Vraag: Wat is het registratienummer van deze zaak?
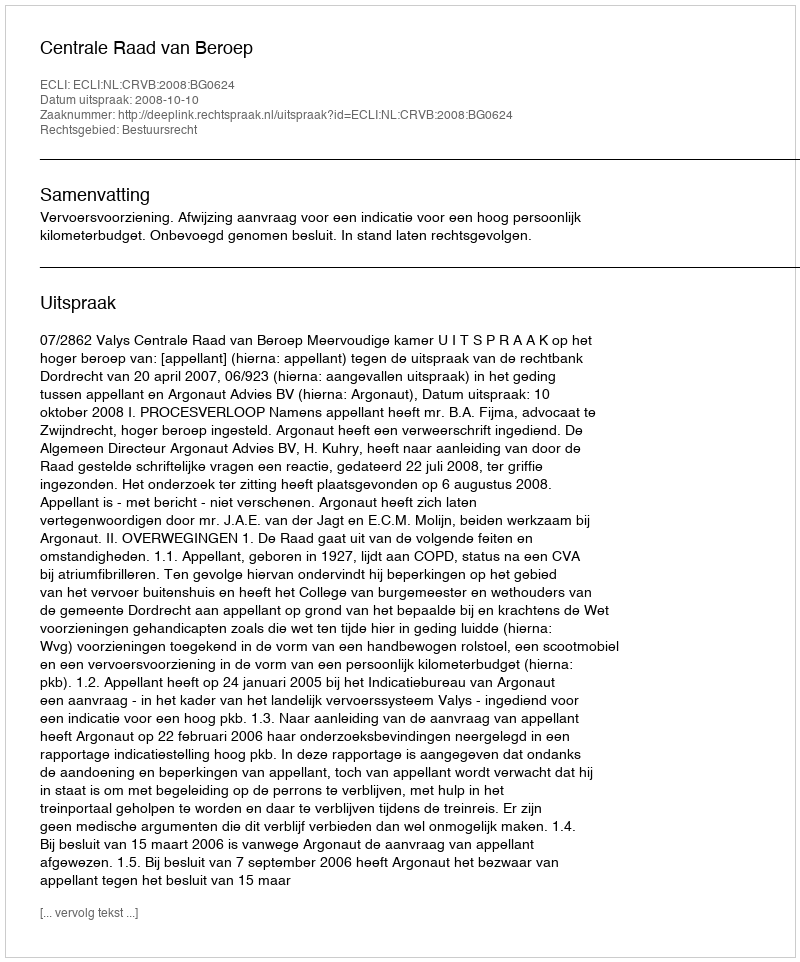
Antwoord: http://deeplink.rechtspraak.nl/uitspraak?id=ECLI:NL:CRVB:2008:BG0624